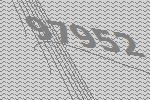
97952